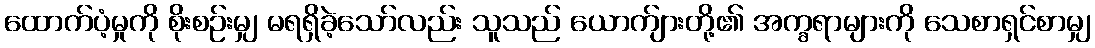
ထောက်ပံ့မှုကို စိုးစဉ်းမျှ မရရှိခဲ့သော်လည်း သူသည် ယောက်ျားတို့၏ အက္ခရာများကို သေစာရှင်စာမျှ